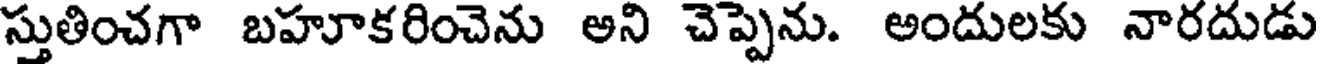
స్తుతించగా బహూకరించెను అని చెప్పెను. అందులకు నారదుడు